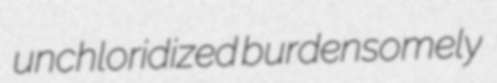
unchloridized burdensomely